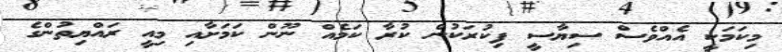
މިކަމަކީ އެއްވެސް ސިޔާސީ ފިކުރަކުން ކުރާ ކަމެއް ނޫން ކަމަށާއި މިއީ ރައްޔިތުންގެ